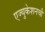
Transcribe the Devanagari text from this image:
एज्युकेशनची